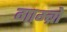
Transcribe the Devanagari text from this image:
गाम्ब्रो